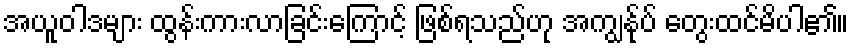
အယူဝါဒများ ထွန်းကားလာခြင်းကြောင့် ဖြစ်ရသည်ဟု အကျွန်ုပ် တွေးထင်မိပါ၏။